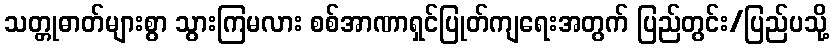
သတ္တုဓာတ်များစွာ သွားကြမလား စစ်အာဏာရှင်ပြုတ်ကျရေးအတွက် ပြည်တွင်း/ပြည်ပသို့